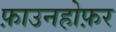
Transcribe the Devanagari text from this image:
फ़ाउनहोफ़र